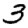
Digit: 3